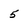
Character: 5